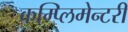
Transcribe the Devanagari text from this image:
कम्प्लिमेन्टरी